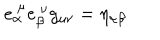
e _ { \alpha } ^ { \ \mu } e _ { \beta } ^ { \ \nu } g _ { \mu \nu } = \eta _ { \alpha \beta }